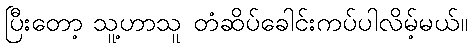
ပြီးတော့ သူ့ဟာသူ တံဆိပ်ခေါင်းကပ်ပါလိမ့်မယ်။